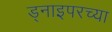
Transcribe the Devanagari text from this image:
ड्नाइपरच्या